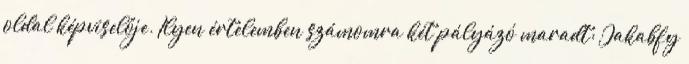
oldal képviselője. Ilyen értelemben számomra két pályázó maradt: Jakabfy